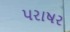
પરાષર